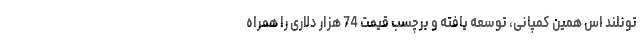
تونلند اس همین کمپانی، توسعه یافته و برچسب قیمت 74 هزار دلاری را همراه